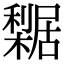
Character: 𣞴